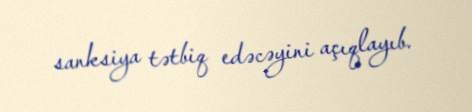
sanksiya tətbiq edəcəyini açıqlayıb.